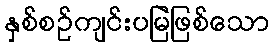
နှစ်စဉ်ကျင်းပမြဲဖြစ်သော